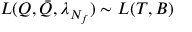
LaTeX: { \cal L } ( Q , \bar { Q } , \lambda _ { N _ { f } } ) \sim { \cal L } ( T , B )